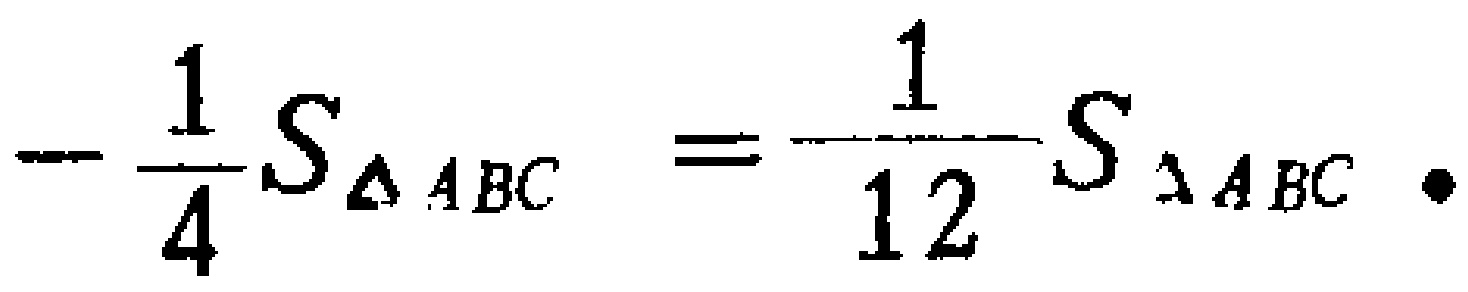
\(-\frac{1}{4}S_{\triangle ABC}=\frac{1}{12}S_{\triangle ABC}\)